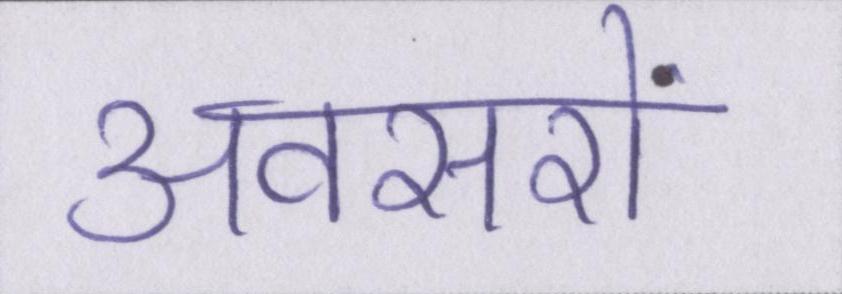
अवसरों